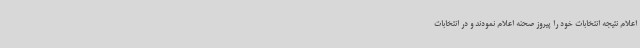
اعلام نتیجه انتخابات خود را پیروز صحنه اعلام نمودند و در انتخابات